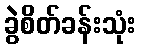
ခွဲစိတ်ခန်းသုံး